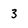
Character: 3